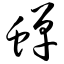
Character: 蝉